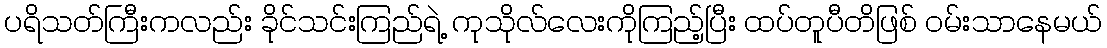
ပရိသတ်ကြီးကလည်း ခိုင်သင်းကြည်ရဲ့ ကုသိုလ်လေးကိုကြည့်ပြီး ထပ်တူပီတိဖြစ် ဝမ်းသာနေမယ်